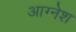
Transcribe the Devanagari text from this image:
आग्नेश